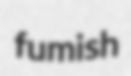
fumish